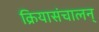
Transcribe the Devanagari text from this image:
क्रियासंचालन्